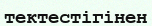
тектестігінен